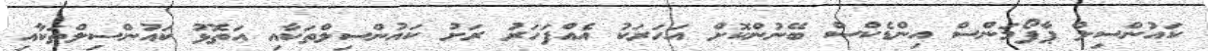
ކައުންސިލް ޕާފޯމަންސް އިންޑެކްސް ބޭނުންކޮށް އަހަރަކު އެއްފަހަރު ރަށު ކައުންސިލްތަކާއި އަތޮޅު ކައުންސިލްތަކާއި